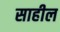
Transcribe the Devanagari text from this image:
साहील